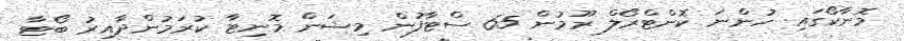
މޮނާކޯގައި ހުންނަ ކޮންޓްރޯލް ރޫމުން 65 ސްޓާފުން މިޝަން މޮނިޓާ ކުރަމުންދާއިރު ބޯޓާ